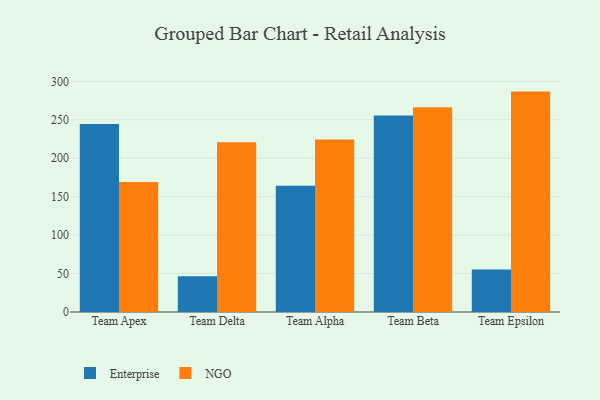
{"axis": {"x": "Team", "y": "Page Views"}, "legend": ["Enterprise", "NGO"], "data": [{"x": "Team Apex", "y": 244.6, "type": "Enterprise"}, {"x": "Team Apex", "y": 169.2, "type": "NGO"}, {"x": "Team Delta", "y": 46.6, "type": "Enterprise"}, {"x": "Team Delta", "y": 220.8, "type": "NGO"}, {"x": "Team Alpha", "y": 164.1, "type": "Enterprise"}, {"x": "Team Alpha", "y": 224.5, "type": "NGO"}, {"x": "Team Beta", "y": 255.6, "type": "Enterprise"}, {"x": "Team Beta", "y": 266.3, "type": "NGO"}, {"x": "Team Epsilon", "y": 55.3, "type": "Enterprise"}, {"x": "Team Epsilon", "y": 286.7, "type": "NGO"}]}